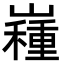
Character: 𡽯